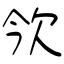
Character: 欦